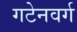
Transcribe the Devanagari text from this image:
गटेनवर्ग